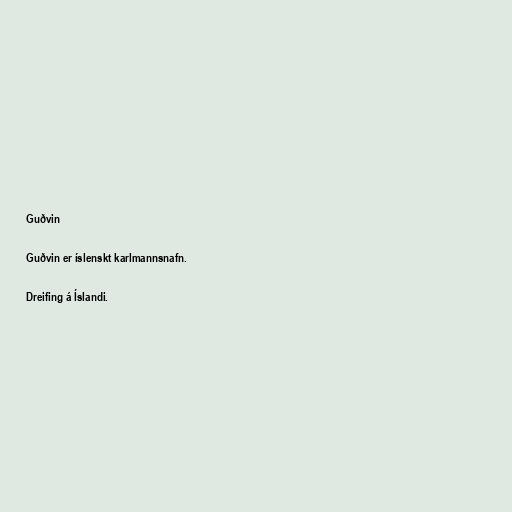
Guðvin

Guðvin er íslenskt karlmannsnafn.

Dreifing á Íslandi.